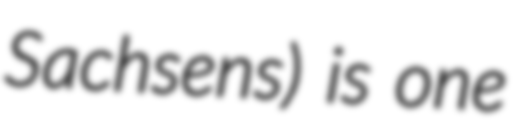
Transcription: Sachsens) is one